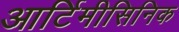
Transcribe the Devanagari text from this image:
आर्टिमीसिनिक